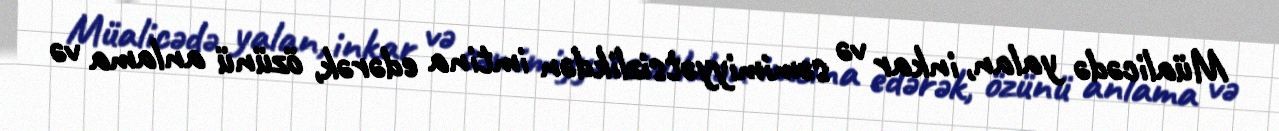
Müalicədə yalan, inkar və səmimiyyətsizlikdən imtina edərək, özünü anlama və